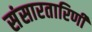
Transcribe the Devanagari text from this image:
संसारतारिणी